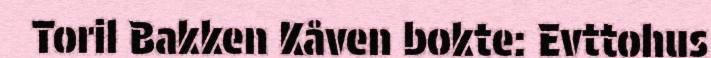
Toril Bakken Kåven bokte: Evttohus